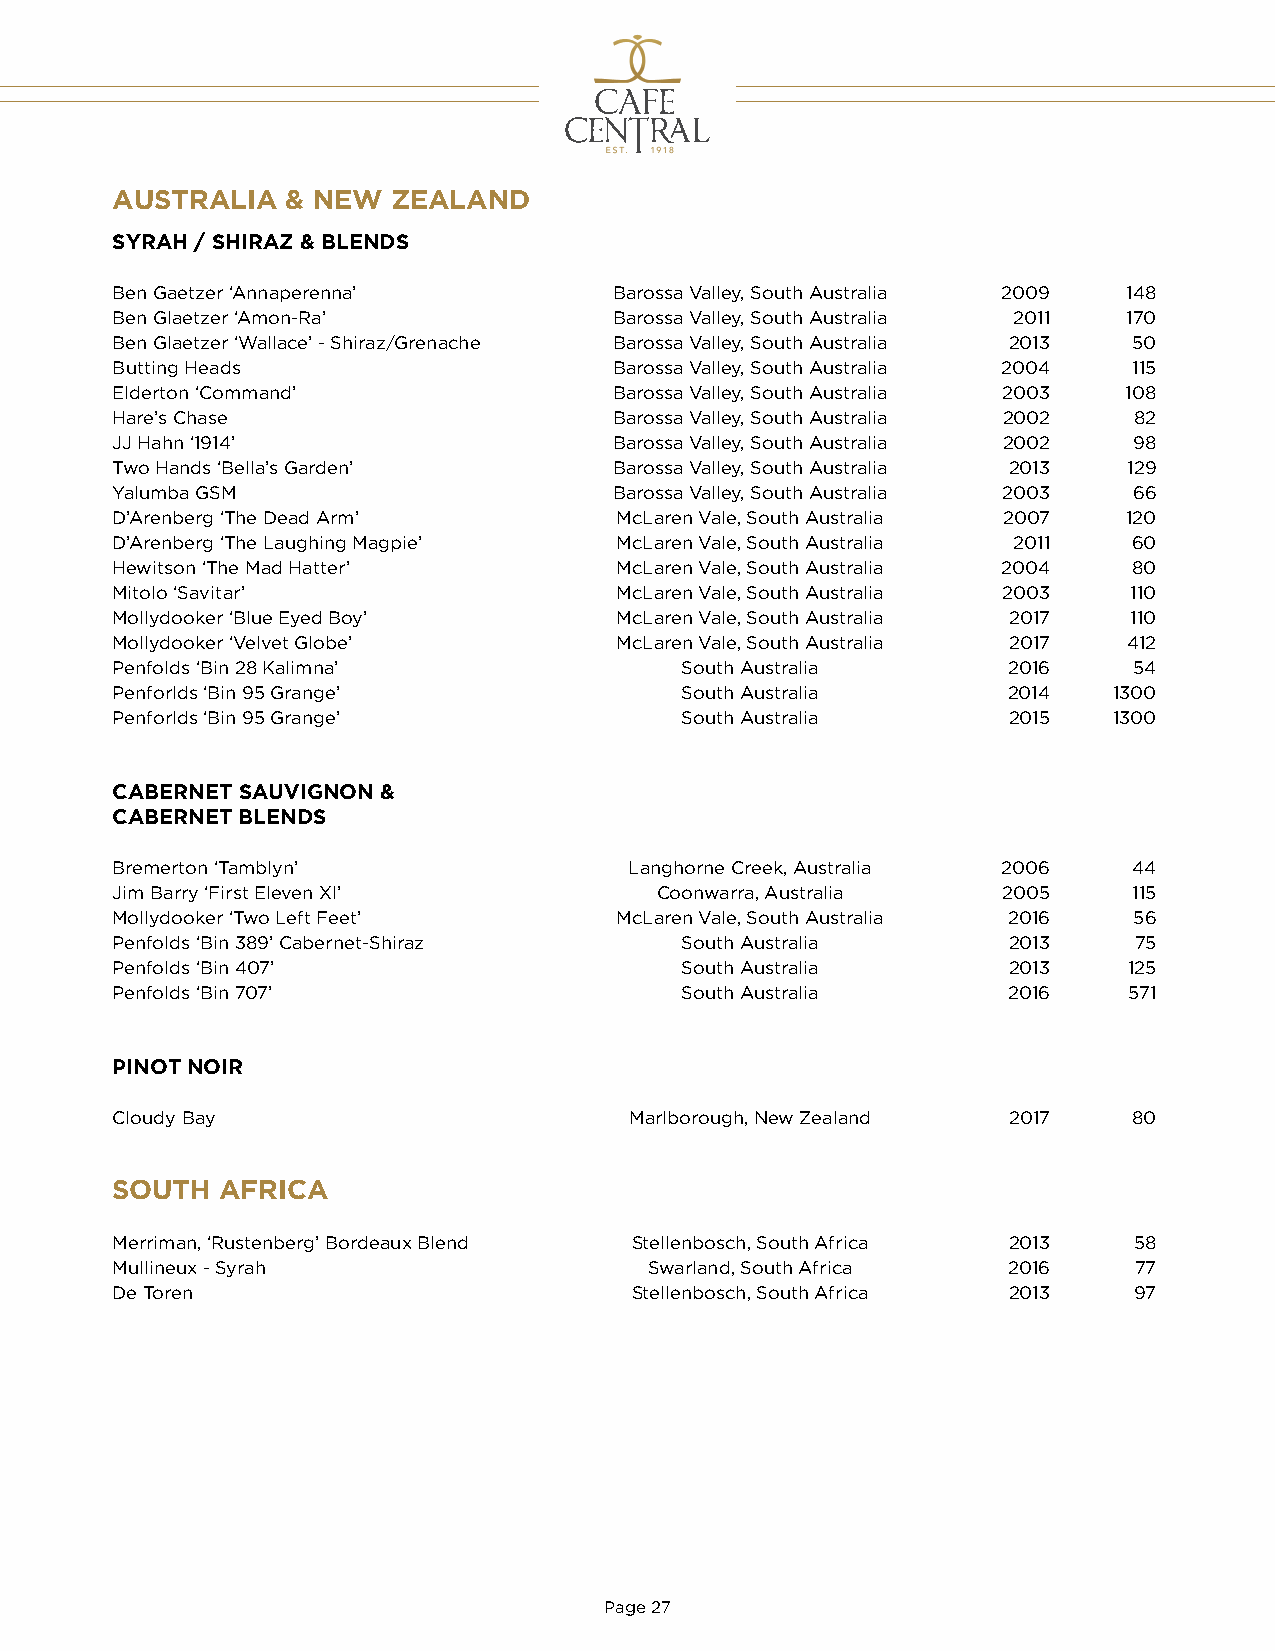
AUSTRALIA   & NEW  ZEALAND
 SYRAH / SHIRAZ & BLENDS
 Ben Gaetzer ‘Annaperenna’         Barossa Valley, South Australia 2009 148
 Ben Glaetzer ‘Amon-Ra’            Barossa Valley, South Australia 2011 170
 Ben Glaetzer ‘Wallace’ - Shiraz/Grenache Barossa Valley, South Australia 2013 50
 Butting Heads                     Barossa Valley, South Australia 2004 115
 Elderton ‘Command’                Barossa Valley, South Australia 2003 108
 Hare’s Chase                      Barossa Valley, South Australia 2002 82
 JJ Hahn ‘1914’                    Barossa Valley, South Australia 2002 98
 Two Hands ‘Bella’s Garden’        Barossa Valley, South Australia 2013 129
 Yalumba GSM                       Barossa Valley, South Australia 2003 66
 D’Arenberg ‘The Dead Arm’         McLaren Vale, South Australia 2007 120
 D’Arenberg ‘The Laughing Magpie’  McLaren Vale, South Australia 2011 60
 Hewitson ‘The Mad Hatter’         McLaren Vale, South Australia 2004 80
 Mitolo ‘Savitar’                  McLaren Vale, South Australia 2003 110
 Mollydooker ‘Blue Eyed Boy’       McLaren Vale, South Australia 2017 110
 Mollydooker ‘Velvet Globe’        McLaren Vale, South Australia 2017 412
 Penfolds ‘Bin 28 Kalimna’             South Australia       2016    54
 Penforlds ‘Bin 95 Grange’             South Australia       2014   1300
 Penforlds ‘Bin 95 Grange’             South Australia       2015   1300
 CABERNET SAUVIGNON &
 CABERNET BLENDS
 Bremerton ‘Tamblyn’                Langhorne Creek, Australia 2006  44
 Jim Barry ‘First Eleven XI’         Coonwarra, Australia   2005     115
 Mollydooker ‘Two Left Feet’       McLaren Vale, South Australia 2016 56
 Penfolds ‘Bin 389’ Cabernet-Shiraz    South Australia       2013    75
 Penfolds ‘Bin 407’                    South Australia       2013    125
 Penfolds ‘Bin 707’                    South Australia       2016    571
 PINOT NOIR
 Cloudy Bay                         Marlborough, New Zealand 2017    80
 SOUTH   AFRICA
 Merriman, ‘Rustenberg’ Bordeaux Blend Stellenbosch, South Africa 2013 58
 Mullineux - Syrah                   Swarland, South Africa  2016    77
 De Toren                           Stellenbosch, South Africa 2013  97
 Page 27